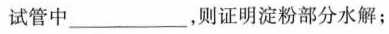
试管中___，则证明淀粉部分水解；